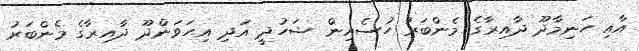
އާއި ހަނިމާދޫ ދާއިރާގެ މެންބަރު ހުސެއިން ޝަހުދީ އަދި އިހަވަންދޫ ދާއިރާގެ މެންބަރު